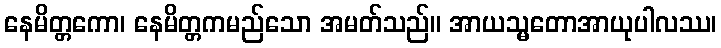
နေမိတ္တကော၊ နေမိတ္တကမည်သော အမတ်သည်။ အာယသ္မတောအာယုပါလဿ၊